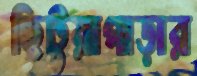
ছিটুয়াপাড়ার